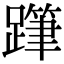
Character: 𨅗